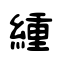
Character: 緟